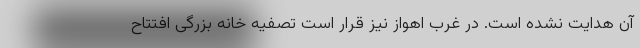
آن هدایت نشده است. در غرب اهواز نیز قرار است تصفیه خانه بزرگی افتتاح